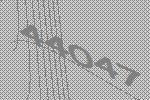
44047